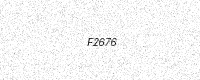
Text: F2676